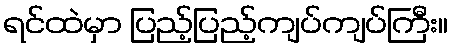
ရင်ထဲမှာ ပြည့်ပြည့်ကျပ်ကျပ်ကြီး။